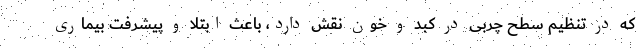
که در تنظیم سطح چربی در کبد و خون نقش دارد، باعث ابتلا و پیشرفت بیماری